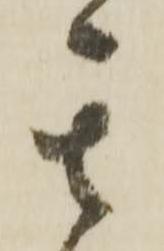
其